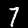
Label: 7